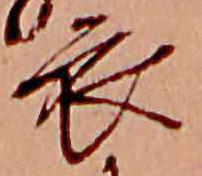
衣